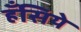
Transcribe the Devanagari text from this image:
हँसिये